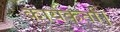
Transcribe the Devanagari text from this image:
कार्यकर्ता।